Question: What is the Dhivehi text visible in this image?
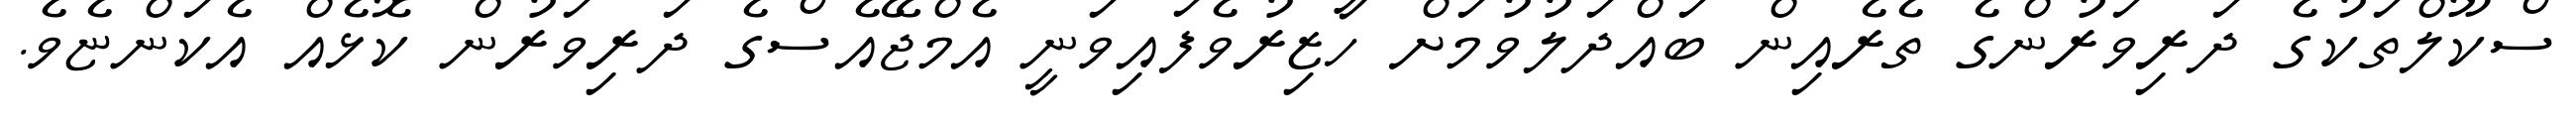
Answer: ސްކޫލްތަކުގެ ދަރިވަރުންގެ ތެރެއިން ބައްދަލުވުމަށް ހާޒިރުވެފައިވަނީ އެމްޖޭއެސްގެ ދަރިވަރުން ކޮޅެއް އެކަންޏެވެ.